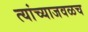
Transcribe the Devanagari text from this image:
त्यांच्याजवळच